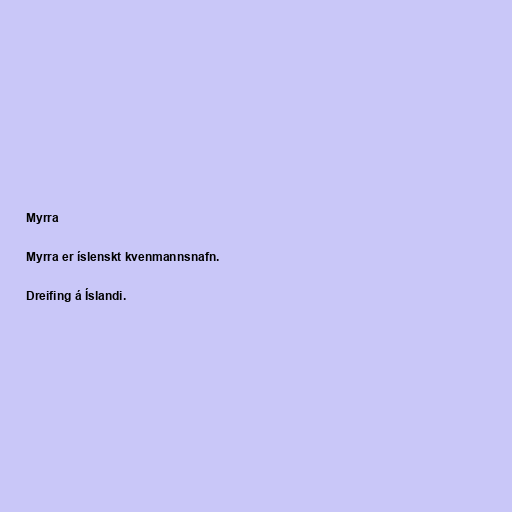
Myrra

Myrra er íslenskt kvenmannsnafn.

Dreifing á Íslandi.